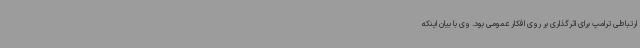
ارتباطی ترامپ برای اثرگذاری بر روی افکار عمومی بود. وی با بیان اینکه